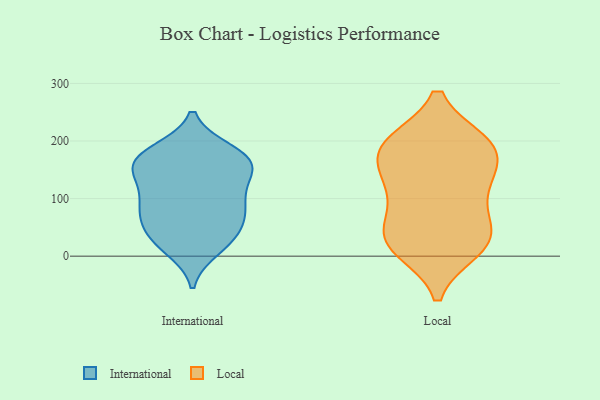
{"axis": {"x": "Demand Index", "y": "Value"}, "legend": ["International", "Local"], "data": [{"x": "", "y": 164, "type": "International"}, {"x": "", "y": 96, "type": "International"}, {"x": "", "y": 79, "type": "International"}, {"x": "", "y": 59, "type": "International"}, {"x": "", "y": 177, "type": "International"}, {"x": "", "y": 77, "type": "International"}, {"x": "", "y": 60, "type": "International"}, {"x": "", "y": 183, "type": "International"}, {"x": "", "y": 12, "type": "International"}, {"x": "", "y": 137, "type": "International"}, {"x": "", "y": 179, "type": "International"}, {"x": "", "y": 34, "type": "International"}, {"x": "", "y": 169, "type": "International"}, {"x": "", "y": 96, "type": "International"}, {"x": "", "y": 32, "type": "International"}, {"x": "", "y": 19, "type": "International"}, {"x": "", "y": 154, "type": "International"}, {"x": "", "y": 143, "type": "International"}, {"x": "", "y": 151, "type": "International"}, {"x": "", "y": 109, "type": "International"}, {"x": "", "y": 150, "type": "Local"}, {"x": "", "y": 27, "type": "Local"}, {"x": "", "y": 193, "type": "Local"}, {"x": "", "y": 104, "type": "Local"}, {"x": "", "y": 196, "type": "Local"}, {"x": "", "y": 122, "type": "Local"}, {"x": "", "y": 195, "type": "Local"}, {"x": "", "y": 20, "type": "Local"}, {"x": "", "y": 182, "type": "Local"}, {"x": "", "y": 64, "type": "Local"}, {"x": "", "y": 38, "type": "Local"}, {"x": "", "y": 131, "type": "Local"}, {"x": "", "y": 13, "type": "Local"}, {"x": "", "y": 28, "type": "Local"}, {"x": "", "y": 194, "type": "Local"}]}